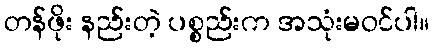
တန်ဖိုး နည်းတဲ့ ပစ္စည်းက အသုံးမဝင်ပါ။